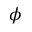
\phi